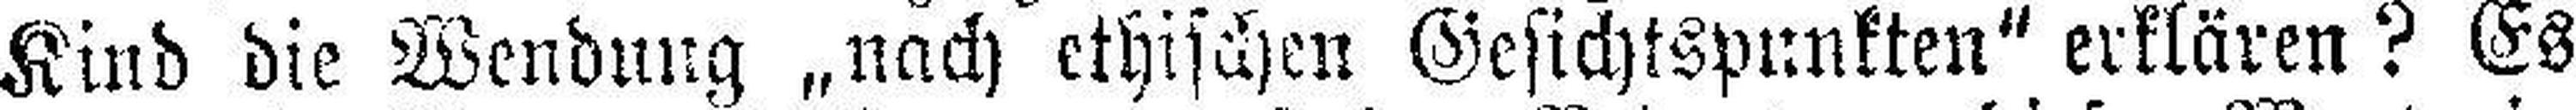
Kind die Wendung „nach ethischen Gesichtspunkten“ erklären? Es